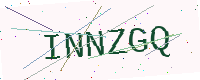
Text: INNZGQ